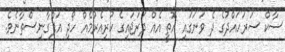
ސާކް ސަރަހައްދުގެ ދެ ވަނަގައި އޮތީ އެއް ދަރަޖައިގެ ކުރިއެރުމެއް ހޯދި އަފްގާނިސްތާނެވެ.